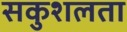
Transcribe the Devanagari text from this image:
सकुशलता